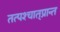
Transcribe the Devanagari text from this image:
तत्पश्‍चात्‌प्रान्त